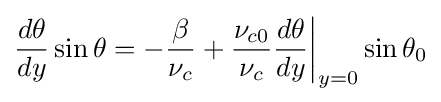
{\frac {d\theta }{dy}}\sin {\theta }=-{\frac {\beta }{\nu _{c}}}+{\frac {\nu _{c0}}{\nu _{c}}}{\frac {d\theta }{dy}}{\bigg |}_{y=0}\sin {\theta _{0}}